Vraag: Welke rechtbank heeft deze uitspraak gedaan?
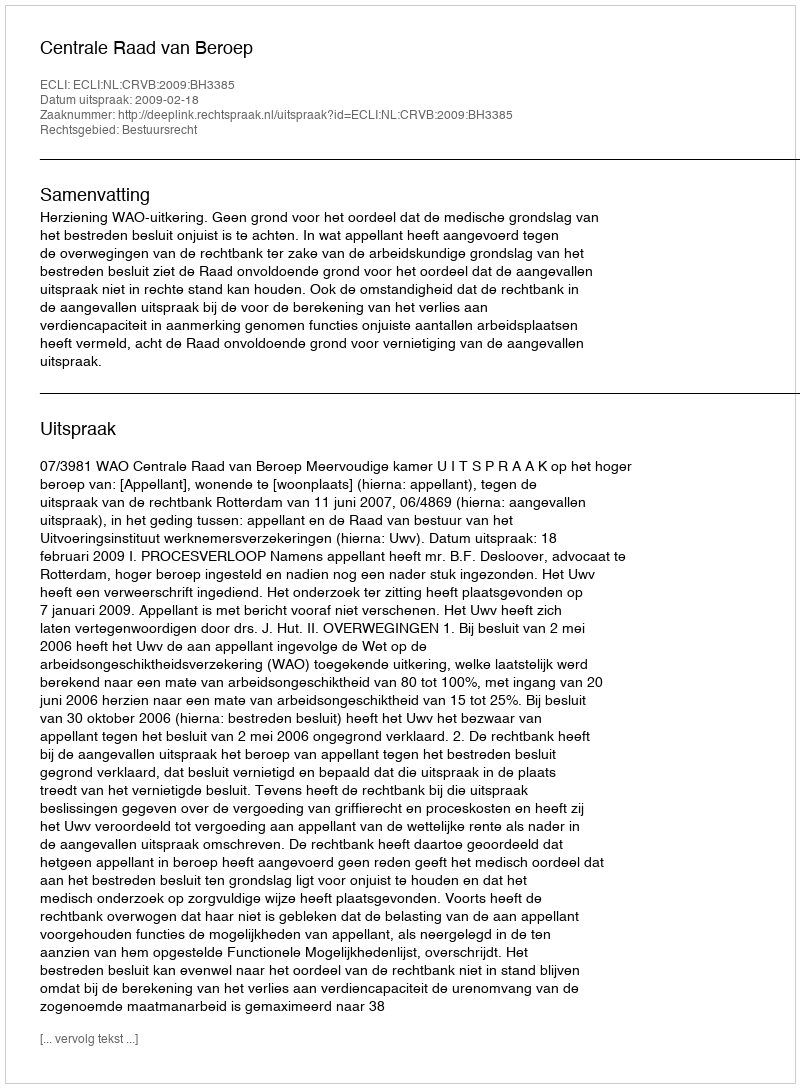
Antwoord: Centrale Raad van Beroep